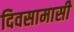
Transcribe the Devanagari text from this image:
दिवसामासी